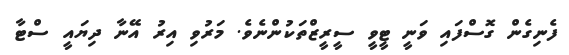
ފެނިގެން ގޮސްފައި ވަނީ ޓީވީ ސީރީޒްތަކުންނެވެ. މަރުވި އިރު އޭނާ ދިޔައީ ސްޓާ